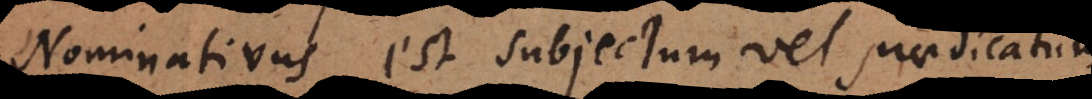
Nominativus est subjectum vel praedicatum